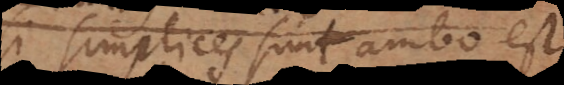
si simplices sunt ambo est